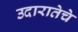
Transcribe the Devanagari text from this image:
उदारातेचे